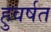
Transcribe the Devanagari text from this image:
हुवर्षत